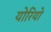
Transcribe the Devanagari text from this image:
योरियो